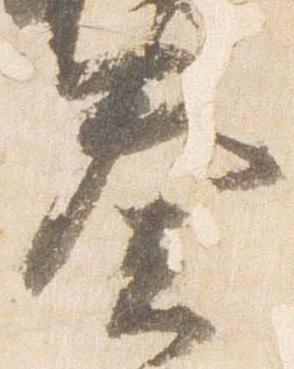
奏